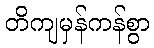
တိကျမှန်ကန်စွာ